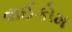
વાઈકોમ